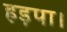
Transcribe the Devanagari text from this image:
हड़पा।